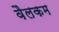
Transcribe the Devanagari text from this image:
वैलकम